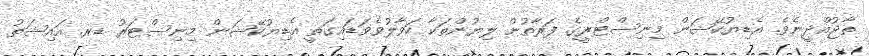
ތާޖުއްދީނެވެ. އެޑިޔުކޭޝަން މިނިސްޓްރީގެ ފަރާތުން ލިޔުންތަކާ ހަވާލުވެވަޑައިގަތީ އެޑިޔުކޭޝަން މިނިސްޓަރު ޑރ. އައިޝަތު